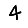
Digit: 4